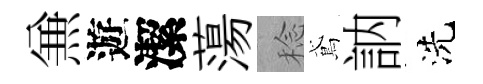
𠔥遊潔蕩稔鳶訥洗